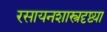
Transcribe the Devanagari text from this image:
रसायनशास्त्रदृष्ट्या